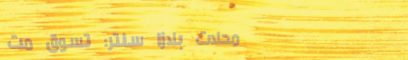
محلات بلازا سنتر: تسوق مت